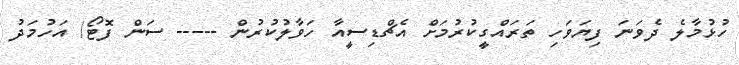
ހުޅުމާލެ ދެވަނަ ފިޔަވަހި ތަރައްގީކުރުމަށް އެޗްޑިސީއާ ހަވާލުކުރުން ----- ސަން ފޮޓޯ/ އަހުމަދު